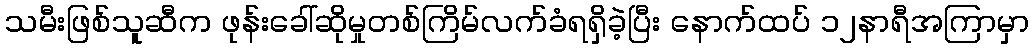
သမီးဖြစ်သူဆီက ဖုန်းခေါ်ဆိုမှုတစ်ကြိမ်လက်ခံရရှိခဲ့ပြီး နောက်ထပ် ၁၂နာရီအကြာမှာ